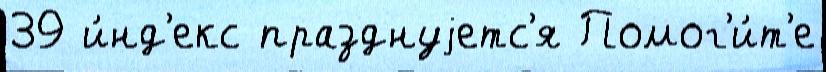
39 и́нд'екс празднуjетс'я Помог'и́т'е